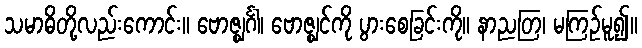
သမာဓိတို့လည်းကောင်း။ ဗောဇ္ဈင်္ဂါ၊ ဗောဇ္ဈင်ကို ပွားစေခြင်းကို။ နာညတြ၊ မကြဉ်မူ၍။